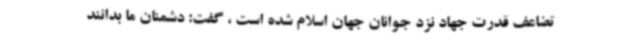
تضاعف قدرت جهاد نزد جوانان جهان اسلام شده است ، گفت: دشمنان ما بدانند